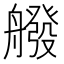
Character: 𦪑